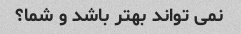
نمی تواند بهتر باشد و شما؟